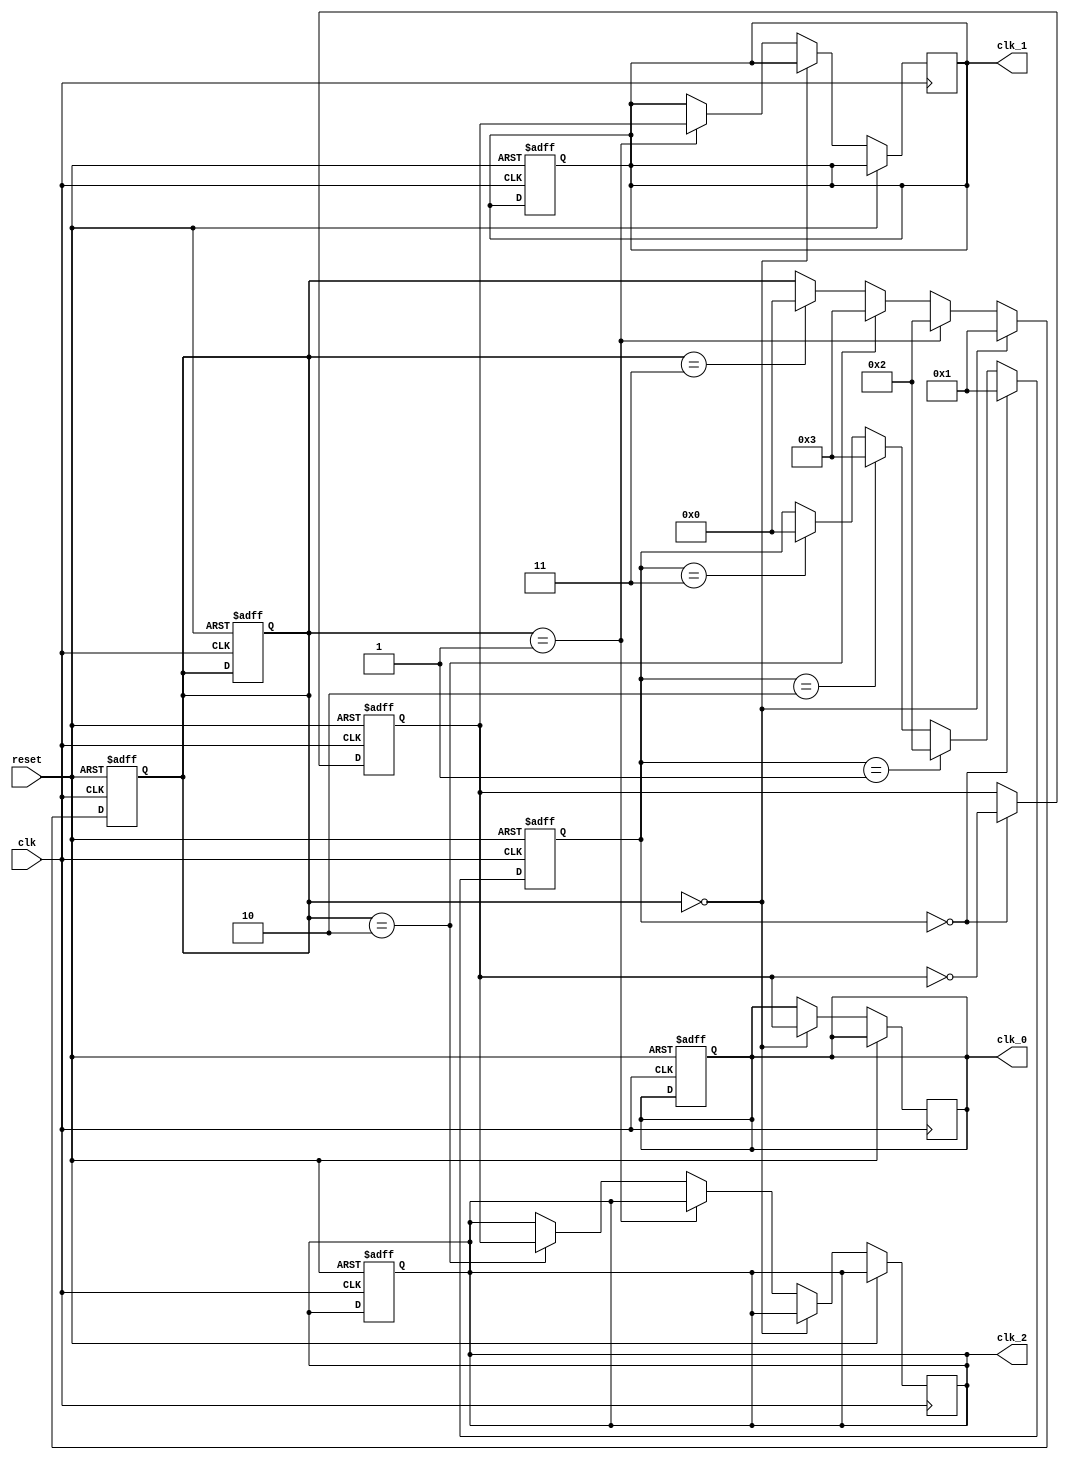
module multi_phase_clock_divider(
    input wire clk,
    input wire reset,
    output wire clk_0,
    output wire clk_1,
    output wire clk_2
);

reg [3:0] counter;
reg [3:0] sync_counter;
reg clk_div;
reg clk_0_reg;
reg clk_1_reg;
reg clk_2_reg;

always @(posedge clk or posedge reset) begin
    if (reset) begin
        counter <= 4'b0000;
        sync_counter <= 4'b0000;
        clk_div <= 1'b0;
        clk_0_reg <= 1'b0;
        clk_1_reg <= 1'b0;
        clk_2_reg <= 1'b0;
    end else begin
        if (counter == 4'b0000) begin
            counter <= 4'b0001;
            clk_div <= ~clk_div;
        end else if (counter == 4'b0001) begin
            counter <= 4'b0010;
        end else if (counter == 4'b0010) begin
            counter <= 4'b0011;
        end else if (counter == 4'b0011) begin
            counter <= 4'b0000;
        end
    end
end

always @(posedge clk or posedge reset) begin
    if (reset) begin
        sync_counter <= 4'b0000;
    end else begin
        if (sync_counter == 4'b0000) begin
            sync_counter <= 4'b0001;
            clk_0_reg <= clk_div;
        end else if (sync_counter == 4'b0001) begin
            sync_counter <= 4'b0010;
            clk_1_reg <= clk_div;
        end else if (sync_counter == 4'b0010) begin
            sync_counter <= 4'b0011;
            clk_2_reg <= clk_div;
        end else if (sync_counter == 4'b0011) begin
            sync_counter <= 4'b0000;
        end
    end
end

assign clk_0 = clk_0_reg;
assign clk_1 = clk_1_reg;
assign clk_2 = clk_2_reg;

endmodule